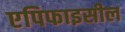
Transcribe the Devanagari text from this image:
एपिफाइसील